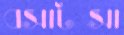
বসাটসা